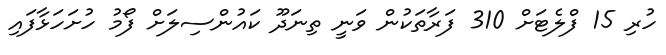
ހުރި 15 ފްލެޓަށް 310 ފަރާތަކުން ވަނީ ތިނަދޫ ކައުންސިލަށް ފޯމު ހުށަހަޅާފައި